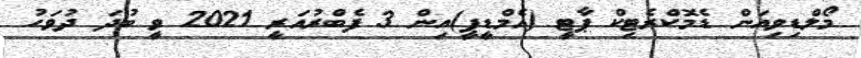
މޯލްޑިވިއަން ޑެމޮކްރެޓިކް ޕާޓީ (އެމްޑީޕީ)އިން 3 ފެބްރުއަރީ 2021 ވީ ބުދަ ދުވަހު